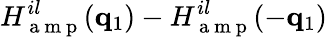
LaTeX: H_{\mathrm{~a~m~p~}}^{il}(\mathbf{q}_{1})-H_{\mathrm{~a~m~p~}}^{il}(-\mathbf{q}_{1})